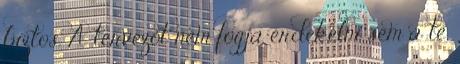
biztos. A tervezőt nem fogja érdekelni sem a te,